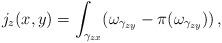
LaTeX: \begin{align*}j_z(x,y)=\int_{\gamma_{zx}}(\omega_{\gamma_{zy}}-\pi(\omega_{\gamma_{zy}})) \, ,\end{align*}